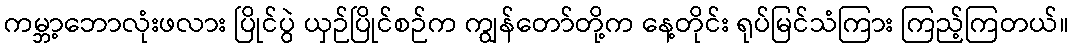
ကမ္ဘာ့ဘောလုံးဖလား ပြိုင်ပွဲ ယှဉ်ပြိုင်စဉ်က ကျွန်တော်တို့က နေ့တိုင်း ရုပ်မြင်သံကြား ကြည့်ကြတယ်။